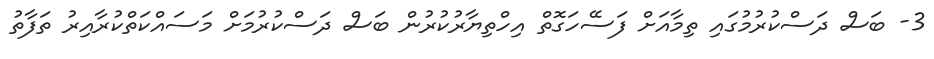
3- ބަސް ދަސްކުރުމުގައި ތިމާއަށް ފަސޭހަގޮތް އިހްތިޔާރުކުރުން ބަސް ދަސްކުރުމަށް މަސައްކަތްކުރާއިރު ތަފާތު